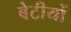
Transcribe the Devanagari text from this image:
बेटीयों